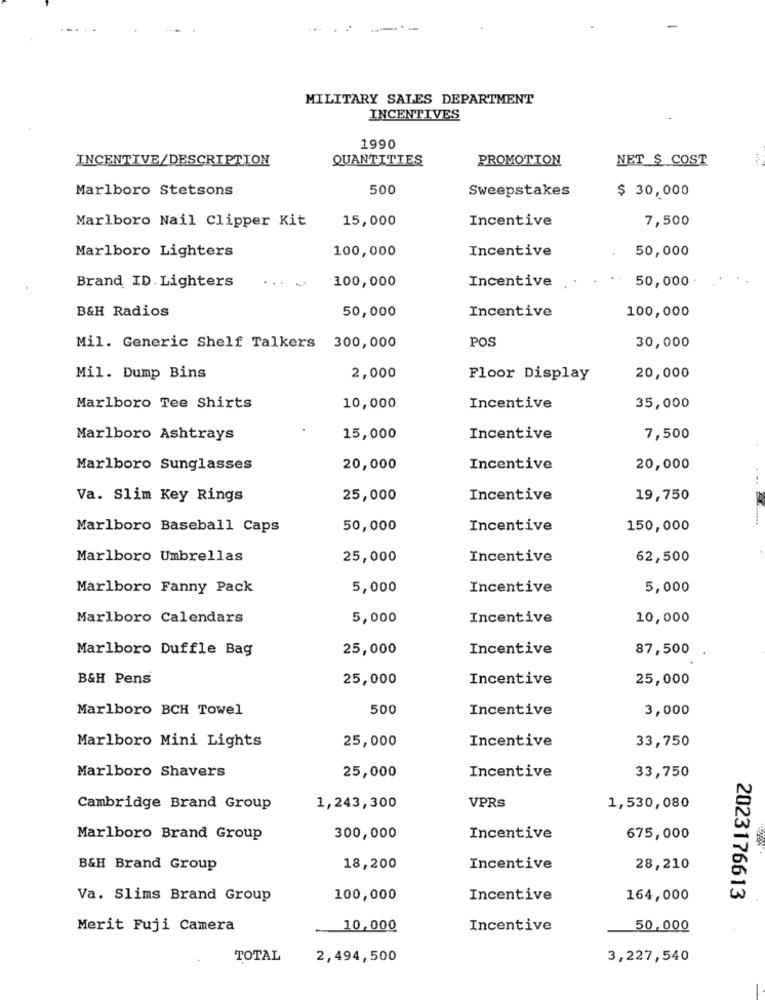
MILITARY SALES DEPARTMENT
INCENTIVES
1990
INCENTIVE/DESCRIPTION
QUANTITIES
PROMOTION
NET $ COST
Marlboro Stetsons
500
Sweepstakes
$ 30,000
Marlboro Nail Clipper Kit
15,000
Incentive
7,500
100,000
Incentive
50,000
Marlboro Lighters
100,000
Incentive
50,000.
Brand ID. Lighters
B&H Radios
50,000
Incentive
100,000
Mil. Generic Shelf Talkers 300,000
POS
30,000
Mil. Dump Bins
2,000
Floor Display
20,000
Marlboro Tee Shirts
10,000
Incentive
35,000
Marlboro Ashtrays
15,000
Incentive
7,500
Marlboro Sunglasses
20,000
Incentive
20,000
Va. Slim Key Rings
25,000
Incentive
19,750
Marlboro Baseball Caps
50,000
Incentive
150,000
Marlboro Umbrellas
25,000
Incentive
62,500
Marlboro Fanny Pack
5,000
Incentive
5,000
Marlboro Calendars
5,000
Incentive
10,000
Marlboro Duffle Bag
25,000
Incentive
87,500
B&H Pens
25,000
Incentive
25,000
Marlboro BCH Towel
500
Incentive
3,000
Marlboro Mini Lights
Incentive
33,750
25,000
Marlboro Shavers
33,750
25,000
Incentive
Cambridge Brand Group
1,243,300
VPRS
1,530,080
Marlboro Brand Group
300,000
Incentive
675,000
B&H Brand Group
18,200
Incentive
28,210
Va. Slims Brand Group
100,000
Incentive
164,000
2023176613
Merit Fuji Camera
10,000
Incentive
50,000
TOTAL
2,494,500
3,227,540